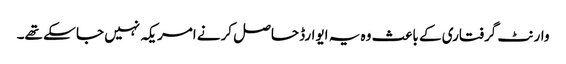
وارنٹ گرفتاری کے باعث وہ یہ ایوارڈ حاصل کرنے امریکہ نہیں جا سکے تھے۔